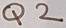
Text: Q2